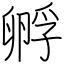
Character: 孵